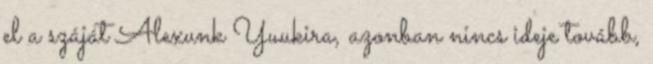
el a száját Alexunk Yuukira, azonban nincs ideje tovább,